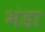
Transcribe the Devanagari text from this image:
भंडा